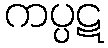
ကပ္ပဋ